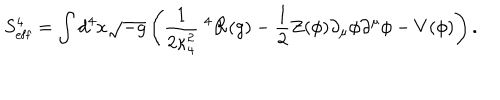
S _ { \mathrm { e f f } } ^ { 4 } = \int d ^ { 4 } x \sqrt { - g } \left( \frac { 1 } { 2 \kappa _ { 4 } ^ { 2 } } \; ^ { 4 } { \cal R } ( g ) - \frac { 1 } { 2 } Z ( \phi ) \partial _ { \mu } \phi \partial ^ { \mu } \phi - V ( \phi ) \right) .